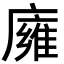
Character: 𢋊